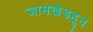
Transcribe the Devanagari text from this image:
जामखेडहून